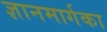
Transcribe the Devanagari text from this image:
ज्ञानमार्गका